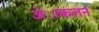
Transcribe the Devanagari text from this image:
अंाकलन